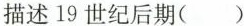
描述19世纪后期( )